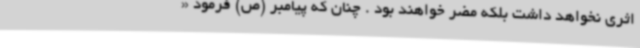
اثری نخواهد داشت بلکه مضر خواهند بود . چنان که پیامبر (ص) فرمود «